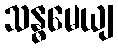
သန္ဓမေယျ